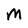
Character: m